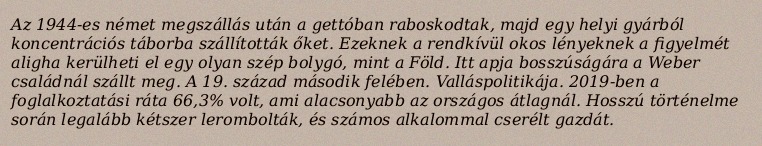
Az 1944-es német megszállás után a gettóban raboskodtak, majd egy helyi gyárból koncentrációs táborba szállították őket. Ezeknek a rendkívül okos lényeknek a figyelmét aligha kerülheti el egy olyan szép bolygó, mint a Föld. Itt apja bosszúságára a Weber családnál szállt meg. A 19. század második felében. Valláspolitikája. 2019-ben a foglalkoztatási ráta 66,3% volt, ami alacsonyabb az országos átlagnál. Hosszú történelme során legalább kétszer lerombolták, és számos alkalommal cserélt gazdát.